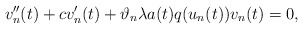
\begin{align*}v''_{n}(t) + c v'_{n}(t) + \vartheta_{n} \lambda a(t) q(u_{n}(t))v_{n}(t) = 0,\end{align*}